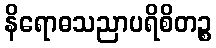
နိရောဓသညာပရိစိတဉ္စ